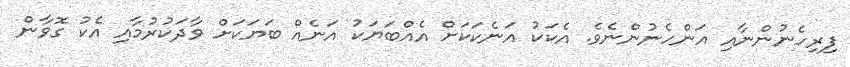
ފިރިހެނުންނާއި އަންހެނުންނެވެ. އެކަކު އަނެކަކަށް އެއްބަޔަކު އަނެއް ބަޔަކަށް ވާދަކުރުމާއި އެކު ގޮވާން